Triennial report on the lunatic asylums in the province of Eastern Bengal and Assam - 1903-1911
Year: 1903
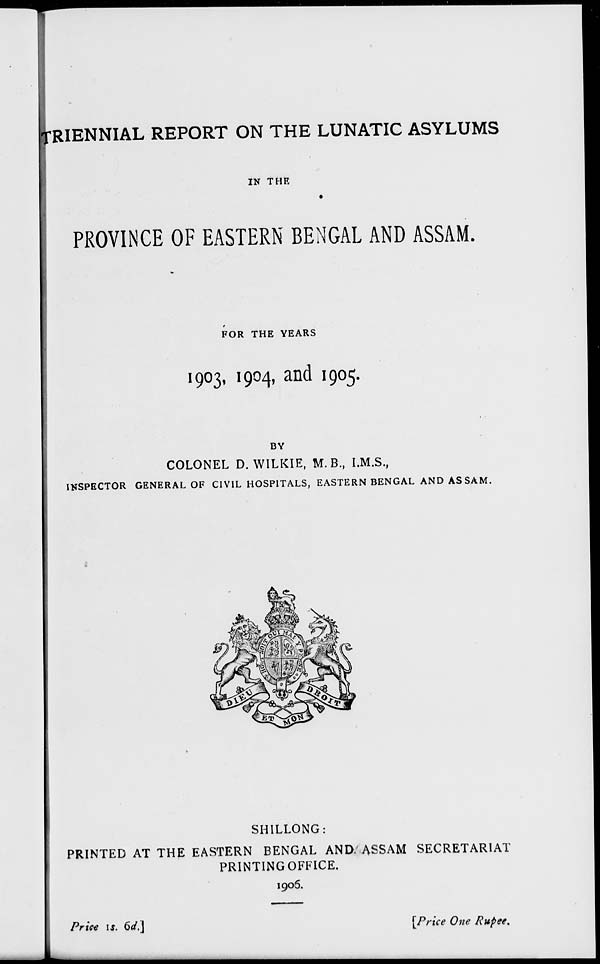
TRIENNIAL REPORT ON THE LUNATIC ASYLUMS
IN THE
PROVINCE OF EASTERN BENGAL AND ASSAM.
FOR THE YEARS
1903, 1904, and 1905.
BY
COLONEL D. WILKIE, M. B., I.M.S.,
INSPECTOR GENERAL OF CIVIL HOSPITALS, EASTERN BENGAL AND ASSAM.
SHILLONG:
PRINTED AT THE EASTERN BENGAL AND ASSAM SECRETARIAT
PRINTING OFFICE.
1906.
Price 1s. 6d.]
[Price One Rupee.